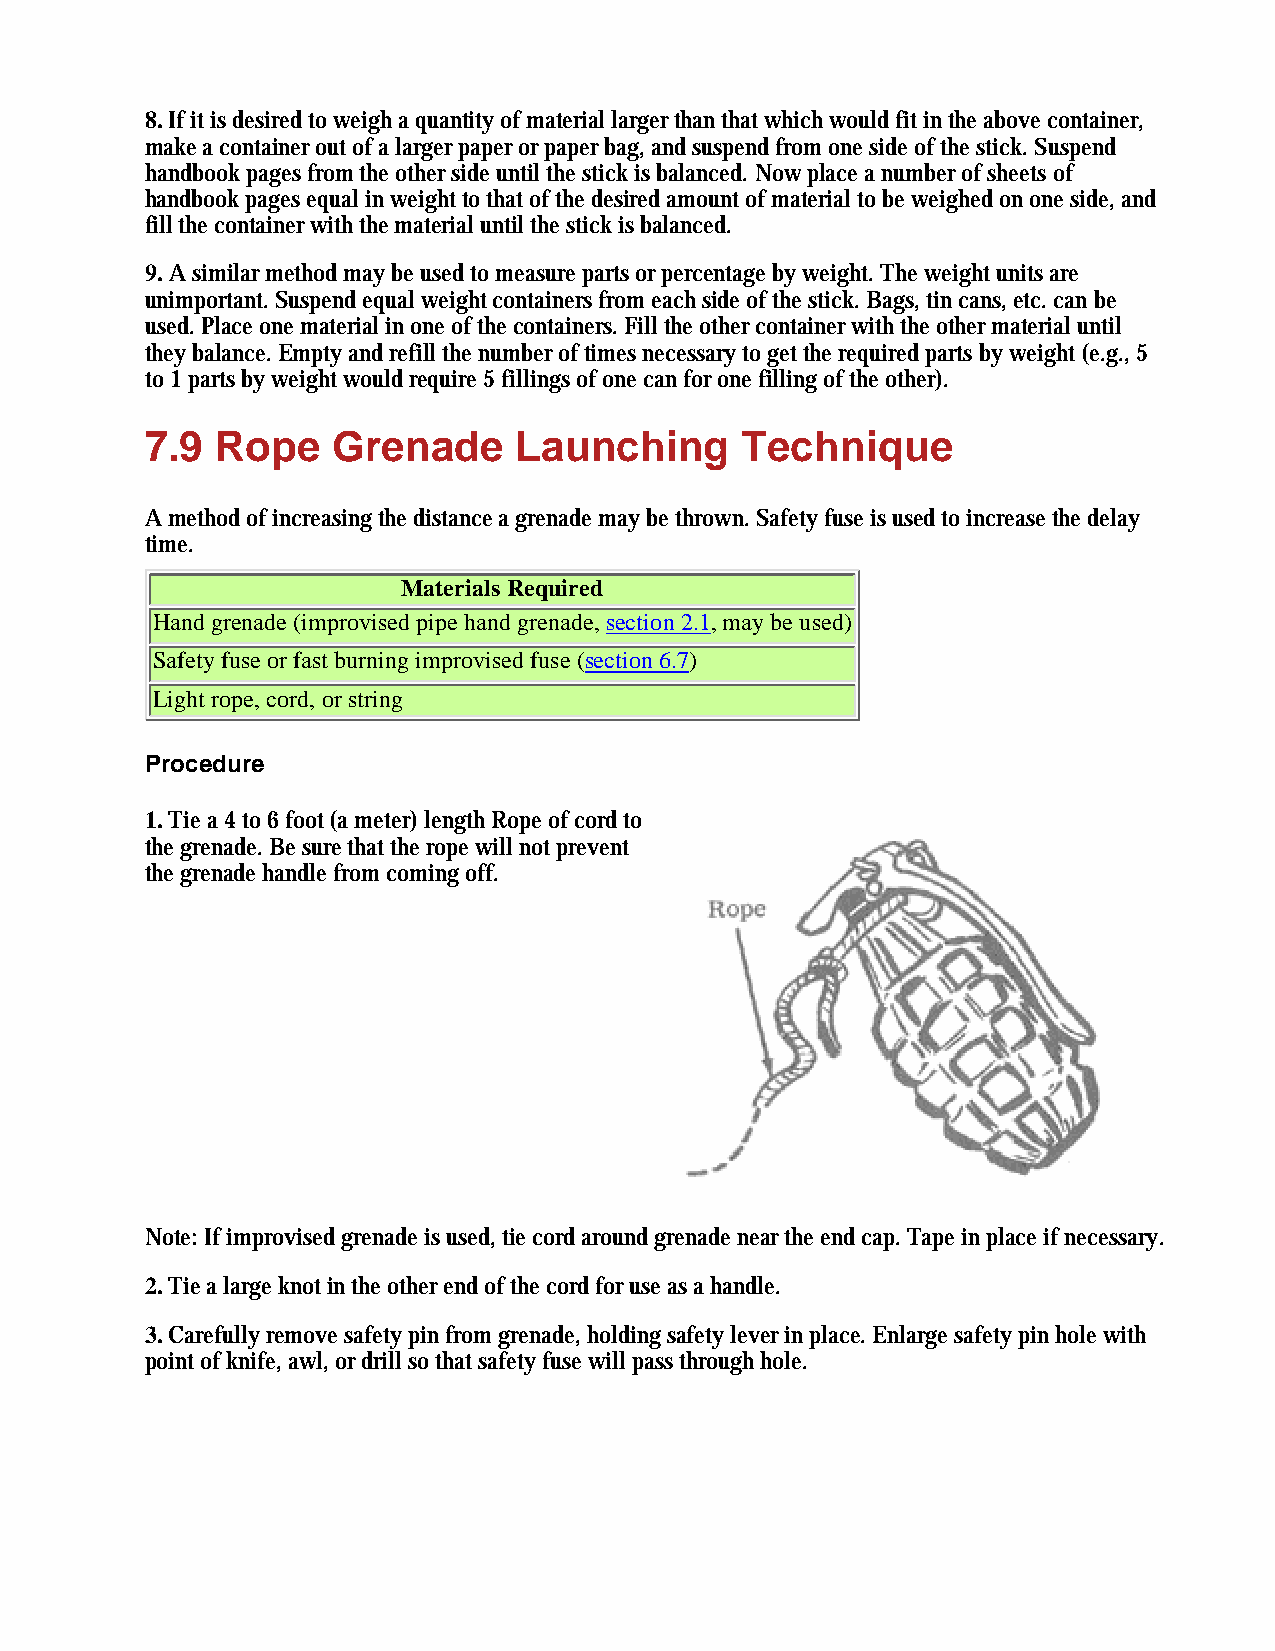
8. If it is desired to weigh a quantity of material larger than that which would fit in the above container,
 make a container out of a larger paper or paper bag, and suspend from one side of the stick. Suspend
 handbook pages from the other side until the stick is balanced. Now place a number of sheets of
 handbook pages equal in weight to that of the desired amount of material to be weighed on one side, and
 fill the container with the material until the stick is balanced.
 9. A similar method may be used to measure parts or percentage by weight. The weight units are
 unimportant. Suspend equal weight containers from each side of the stick. Bags, tin cans, etc. can be
 used. Place one material in one of the containers. Fill the other container with the other material until
 they balance. Empty and refill the number of times necessary to get the required parts by weight (e.g., 5
 to 1 parts by weight would require 5 fillings of one can for one filling of the other).
 7.9 Rope    Grenade     Launching      Technique
 A method of increasing the distance a grenade may be thrown. Safety fuse is used to increase the delay
 time.
 Materials Required
 Hand grenade (improvised pipe hand grenade, section 2.1, may be used)
 Safety fuse or fast burning improvised fuse (section 6.7)
 Light rope, cord, or string
 Procedure
 1. Tie a 4 to 6 foot (a meter) length Rope of cord to
 the grenade. Be sure that the rope will not prevent
 the grenade handle from coming off.
 Note: If improvised grenade is used, tie cord around grenade near the end cap. Tape in place if necessary.
 2. Tie a large knot in the other end of the cord for use as a handle.
 3. Carefully remove safety pin from grenade, holding safety lever in place. Enlarge safety pin hole with
 point of knife, awl, or drill so that safety fuse will pass through hole.